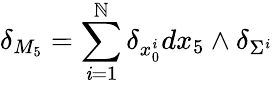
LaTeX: \delta_{M_{5}}=\sum_{\mathit{i}=1}^{\mathbb{N}}\delta_{x_{0}^{\mathit{i}}}dx_{5}\wedge\delta_{\Sigma^{\mathit{i}}}